画像に写った文字を読んでください
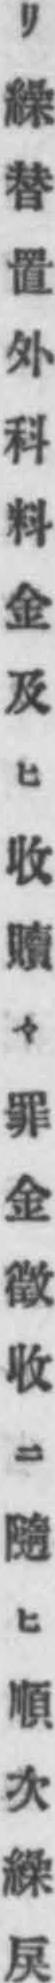
「リ繰替置外科料金及ヒ收贖々罪金徵收ニ隨ヒ順次繰戾」と書いてあります